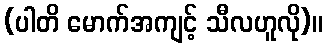
(ပါတိ မောက်အကျင့် သီလဟူလို)။